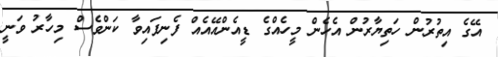
އޭގެ އިތުރުން ހަތިޔާރުން އެހެން މީހެއްގެ ޑީއެންއޭއެއް ފެނިފައިވާ ކަންވެސް މިހާރު ވަނީ